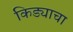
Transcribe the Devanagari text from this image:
किड्याचा